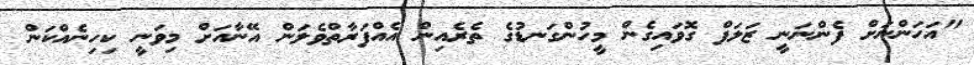
"އަހަންނަށް ފެންނަނީ ޒަލަފް ގޮވައިގެން މީހުންގަނޑުގެ ތެރެއިން އެއްފަރާތްވެލަން އޭނާއަށް މިވަނީ ކިހިނެއްކަން